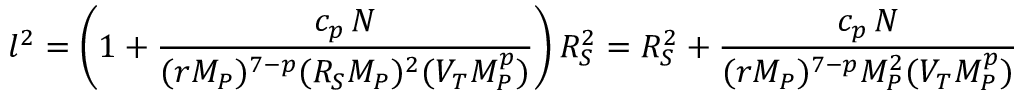
l ^ { 2 } = \left( 1 + { \frac { c _ { p } \, N } { ( r M _ { P } ) ^ { 7 - p } ( R _ { S } M _ { P } ) ^ { 2 } ( V _ { T } M _ { P } ^ { p } ) } } \right) R _ { S } ^ { 2 } = R _ { S } ^ { 2 } + { \frac { c _ { p } \, N } { ( r M _ { P } ) ^ { 7 - p } M _ { P } ^ { 2 } ( V _ { T } M _ { P } ^ { p } ) } }